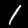
Digit: 1